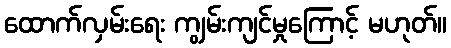
ထောက်လှမ်းရေး ကျွမ်းကျင်မှုကြောင့် မဟုတ်။